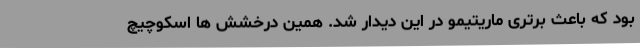
بود که باعث برتری ماریتیمو در این دیدار شد. همین درخشش ها اسکوچیچ